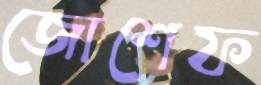
জোশেফ